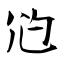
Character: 尦